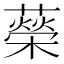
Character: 𦾵